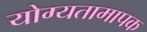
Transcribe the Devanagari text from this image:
योग्यतामापक